Civil Veterinary Department. United Provinces 1923-31 - 1923-1931
Year: 1923
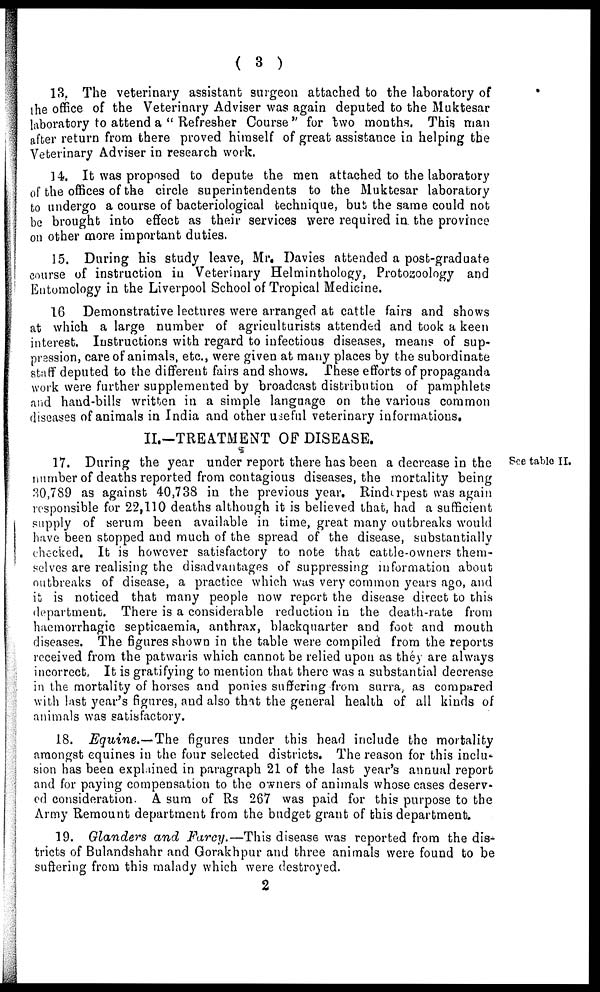
( 3 )
13. The veterinary assistant surgeon attached to the laboratory of
the office of the Veterinary Adviser was again deputed to the Muktesar
laboratory to attend a " Refresher Course" for two months. This man
after return from there proved himself of great assistance in helping the
Veterinary Adviser in research work.
14. It was proposed to depute the men attached to the laboratory
of the offices of the circle superintendents to the Muktesar laboratory
to undergo a course of bacteriological technique, but the same could not
be brought into effect as their services were required in. the province
on other more important duties.
15. During his study leave, Mr. Davies attended a post-graduate
course of instruction in Veterinary Helminthology, Protozoology and
Entomology in the Liverpool School of Tropical Medicine.
16 Demonstrative lectures were arranged at cattle fairs and shows
at which a large number of agriculturists attended and took a keen
interest. Instructions with regard to infectious diseases, means of sup-
pression, care of animals, etc., were given at many places by the subordinate
staff deputed to the different fairs and shows. These efforts of propaganda
work were further supplemented by broadcast distribution of pamphlets
and hand-bills written in a simple language on the various common
diseases of animals in India and other useful veterinary informations,
II.—TREATMENT OF DISEASE.
See table II.
17. During the year under report there has been a decrease in the
number of deaths reported from contagious diseases, the mortality being
80,789 as against 40,738 in the previous year. Rinderpest was again
responsible for 22,110 deaths although it is believed that, had a sufficient
supply of serum been available in time, great many outbreaks would
have been stopped and much of the spread of the disease, substantially
checked. It is however satisfactory to note that cattle-owners them-
selves are realising the disadvantages of suppressing information about
outbreaks of disease, a practice which was very common years ago, and
it is noticed that many people now report the disease direct to this
department. There is a considerable reduction in the death-rate from
haemorrhagic septicaemia, anthrax, blackquarter and foot and mouth
diseases. The figures shown in the table were compiled from the reports
received from the patwaris which cannot be relied upon as they are always
incorrect, It is gratifying to mention that there was a substantial decrease
in the mortality of horses and ponies suffering from surra, as compared
with last year's figures, and also that the general health of all kinds of
animals was satisfactory.
18. Equine.—The figures under this head include the mortality
amongst equines in the four selected districts. The reason for this inclu-
sion has been explained in paragraph 21 of the last year's annual report
and for paying compensation to the owners of animals whose cases deserv-
ed consideration. A sum of Rs 267 was paid for this purpose to the
Army Remount department from the budget grant of this department.
19. Glanders and Farcy.—This disease was reported from the dis-
tricts of Bulandshahr and Gorakhpur and three animals were found to be
suffering from this malady which were destroyed.
2